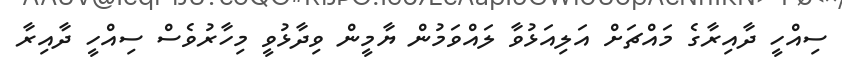
ސިއްހީ ދާއިރާގެ މައްޗަށް އަލިއަޅުވާ ލައްވަމުން ޔާމީން ވިދާޅުވީ މިހާރުވެސް ސިއްހީ ދާއިރާ